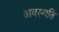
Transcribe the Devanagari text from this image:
अवस्थति